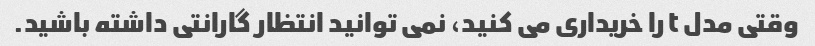
وقتی مدل t را خریداری می کنید، نمی توانید انتظار گارانتی داشته باشید.